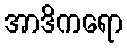
အာဒိကရော